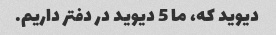
دیوید که، ما 5 دیوید در دفتر داریم.